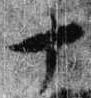
十